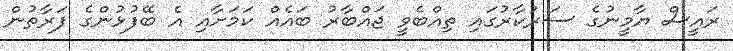
ރައީސް ޔާމީނުގެ ސަރުކާރުގައި ތިއްބެވީ ޖައްބާރު ބައެއް ކަމަށާއި އެ ބޭފުޅުންގެ ފަރާތުން